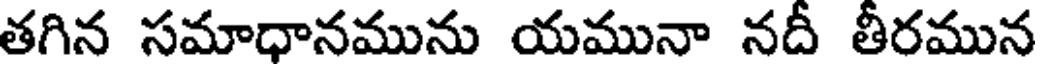
తగిన సమాధానమును యమునా నదీ తీరమున